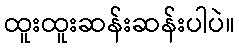
ထူးထူးဆန်းဆန်းပါပဲ။